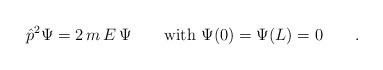
LaTeX: \begin{align*}{\hat p}^2 \Psi = 2\, m\, E\, \Psi \qquad \mbox{\rm with }\Psi(0)=\Psi(L)=0 \qquad .\end{align*}